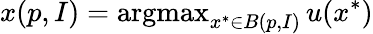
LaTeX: x(p,I)=\operatorname{argmax}_{x^{*}\in B(p,I)}u(x^{*})